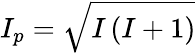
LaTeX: I_{p}=\sqrt{I\left(I+1\right)}